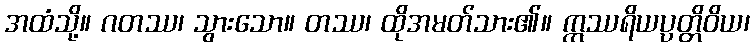
အထံသို့။ ဂတဿ၊ သွားသော။ တဿ၊ ထိုအမတ်သား၏။ ဣဿရိယပ္ပတ္တိဝိယ၊